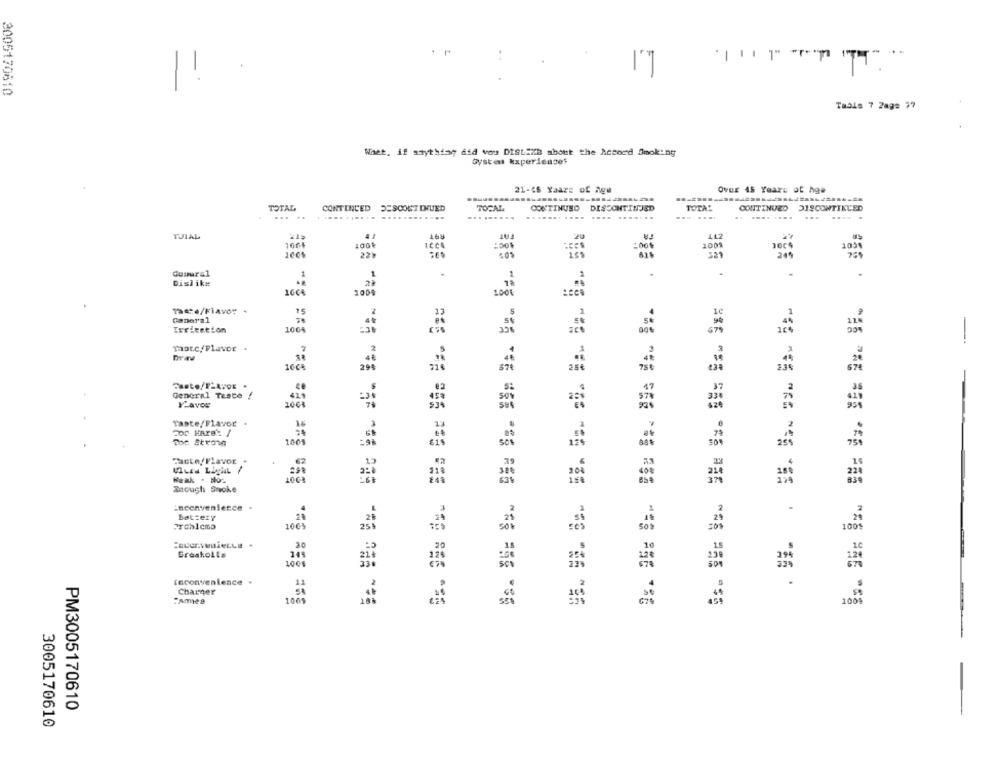
. .
! !
3005170610
Tabis 7 2age 77
Whet, if anything did vou DISLIKE shout the Accord Smoking
Gystel Experiencet
21-65 Yaarz of Age
Over 45 Years of Age
DISCONTINJED
TOTAL
CONTINUED DESCONTINUED
TOTAL
CONTINUED
TOTAL
CONTINUED
DISCONTINUED
...
.... ......
... ......
... .......
... ....
.... ....
...
.....
TJIAL
100
:00
1001
1031
229
321
759
Gumural
1
1
-
Dislike
1664
1000
100€
Ta:4/FIAVO# +
Ganaral
Tertention
-
1004
$79
Thatc/Flavor .
16€
General Teste /
YLaver
100%
Taste/Flavor .
1001
Facto/Flavor .
Zacush Snoke
Inconvenience
Battery
25%
BreakolLs
1005
Inconvenience .
Charger
1008
PM3005170610
3005170610